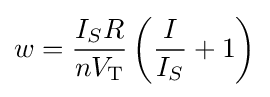
w={\frac {I_{S}R}{nV_{\text{T}}}}\left({\frac {I}{I_{S}}}+1\right)